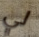
لي